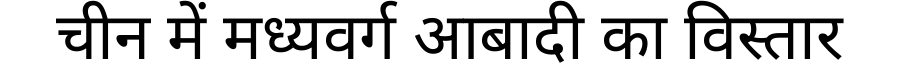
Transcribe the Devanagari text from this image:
चीन में मध्यवर्ग आबादी का विस्तार